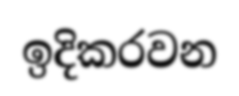
ඉදිකරවන